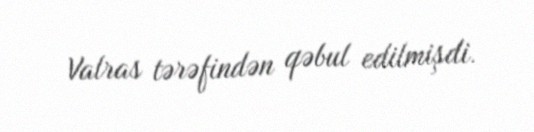
Valras tərəfindən qəbul edilmişdi.